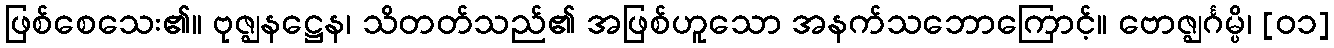
ဖြစ်စေသေး၏။ ဗုဇ္ဈနဋ္ဌေန၊ သိတတ်သည်၏ အဖြစ်ဟူသော အနက်သဘောကြောင့်။ ဗောဇ္ဈင်္ဂမ္ပိ၊ [၀၁]